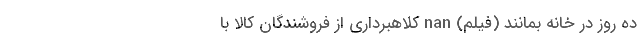
ده روز در خانه بمانند (فیلم) nan کلاهبرداری از فروشندگان کالا با